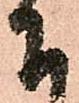
下